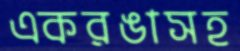
একরঙাসহ